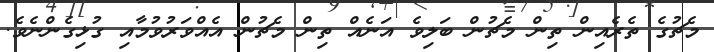
މެޗުގެ ތެރެއިން ތިން މެޗުން ބަލިވެ އަނެއް ތިން މެޗުން އެއްވަރުވުމާއި ގުޅިގެންނެވެ.